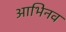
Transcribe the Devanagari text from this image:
आभिनव